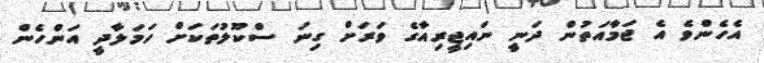
އެހެންވެ އެ ޖަމާއަތުން ދަނީ ނައިޖީރިއާގެ ވަރަށް ގިނަ ސްކޫލުތަކަށް ހަމަލާދީ އަންހެން